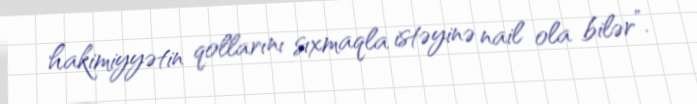
hakimiyyətin qollarını sıxmaqla istəyinə nail ola bilər”.